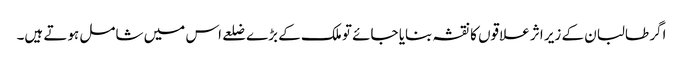
اگر طالبان کے زیر اثر علاقوں کا نقشہ بنایا جائے تو ملک کے بڑے ضلعے اس میں شامل ہوتے ہیں۔